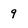
Character: 9